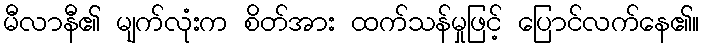
မီလာနီ၏ မျက်လုံးက စိတ်အား ထက်သန်မှုဖြင့် ပြောင်လက်နေ၏။